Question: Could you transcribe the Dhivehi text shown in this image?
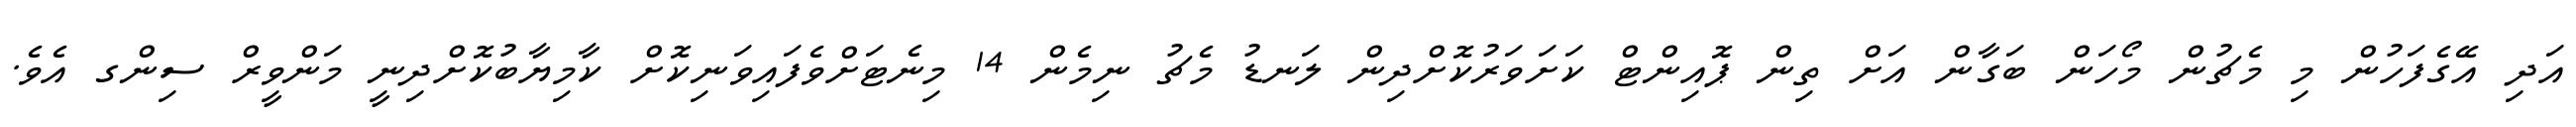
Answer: އަދި އޭގެފަހުން މި މެޗުން މޯހަން ބަގާން އަށް ތިން ޕޮއިންޓް ކަށަވަރުކޮށްދިން ލަނޑު މެޗު ނިމެން 14 މިނެޓަށްވެފައިވަނިކޮށް ކާމިޔާބުކޮށްދިނީ މަންވީރް ސިންގ އެވެ.